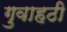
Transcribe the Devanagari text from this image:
गुवाहठी